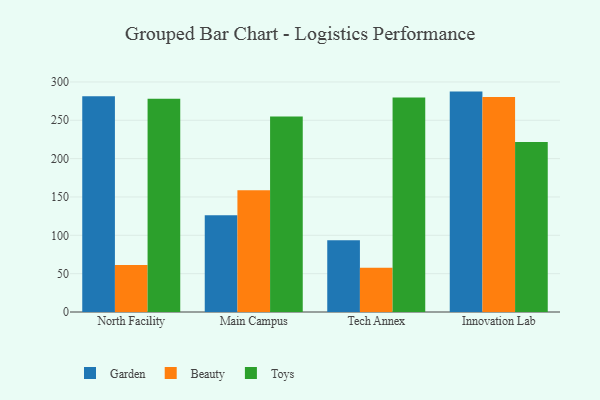
{"axis": {"x": "Campus", "y": "Shipments"}, "legend": ["Beauty", "Garden", "Toys"], "data": [{"x": "North Facility", "y": 281.4, "type": "Garden"}, {"x": "North Facility", "y": 61.2, "type": "Beauty"}, {"x": "North Facility", "y": 278.0, "type": "Toys"}, {"x": "Main Campus", "y": 126.2, "type": "Garden"}, {"x": "Main Campus", "y": 158.9, "type": "Beauty"}, {"x": "Main Campus", "y": 255.0, "type": "Toys"}, {"x": "Tech Annex", "y": 93.5, "type": "Garden"}, {"x": "Tech Annex", "y": 57.8, "type": "Beauty"}, {"x": "Tech Annex", "y": 279.7, "type": "Toys"}, {"x": "Innovation Lab", "y": 287.4, "type": "Garden"}, {"x": "Innovation Lab", "y": 280.3, "type": "Beauty"}, {"x": "Innovation Lab", "y": 221.8, "type": "Toys"}]}